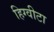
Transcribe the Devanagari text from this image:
हिग्वीटा